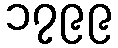
၁၇၉၉